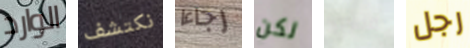
الوارد نكتشف رجاءا لكن مبادرة رجل